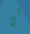
لي